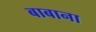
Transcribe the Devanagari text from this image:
बाबाना